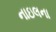
નાઇલના